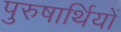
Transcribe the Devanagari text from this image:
पुरुषार्थियों